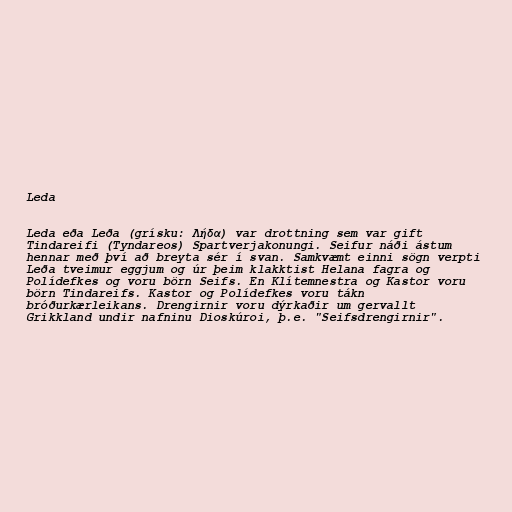
Leda

Leda eða Leða (grísku: Λήδα) var drottning sem var gift
Tindareifi (Tyndareos) Spartverjakonungi. Seifur náði ástum
hennar með því að breyta sér í svan. Samkvæmt einni sögn verpti
Leða tveimur eggjum og úr þeim klakktist Helana fagra og
Polídefkes og voru börn Seifs. En Klítemnestra og Kastor voru
börn Tindareifs. Kastor og Polídefkes voru tákn
bróðurkærleikans. Drengirnir voru dýrkaðir um gervallt
Grikkland undir nafninu Dioskúroi, þ.e. "Seifsdrengirnir".